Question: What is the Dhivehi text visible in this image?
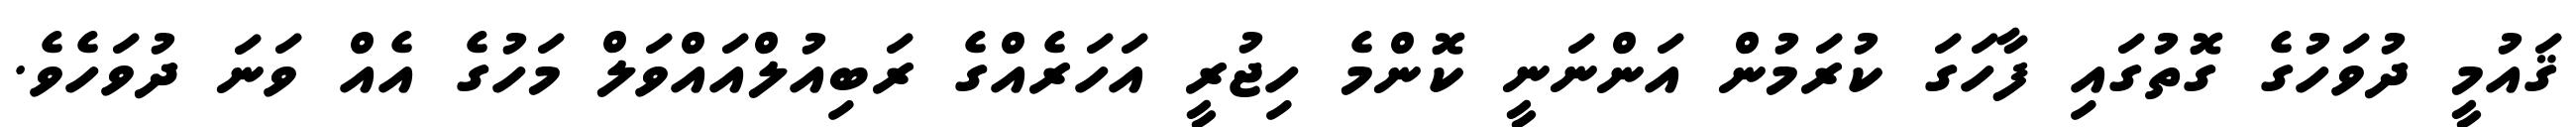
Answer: ޤައުމީ ދުވަހުގެ ގޮތުގައި ފާހަގަ ކުރަމުން އަންނަނީ ކޮންމެ ހިޖުރީ އަހަރެއްގެ ރަބިއުލްއައްވަލް މަހުގެ އެއް ވަނަ ދުވަހެވެ.